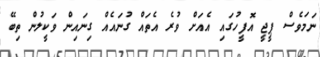
ނަމަވެސް ޕީޖީ އޮފީހުގައި އެއަށް ވުރެ އެތައް ގުނައެއް ގިނައިން ވަކީލުން ތިބޭ